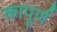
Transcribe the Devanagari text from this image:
कापूर्ण